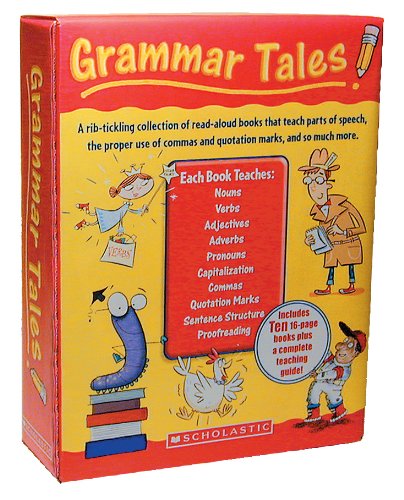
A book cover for Grammar Tales Box Set: A Rib-Tickling Collection of Read-Aloud Books That Teach 10 Essential Rules of Usage and Mechanics; Scholastic; Reference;